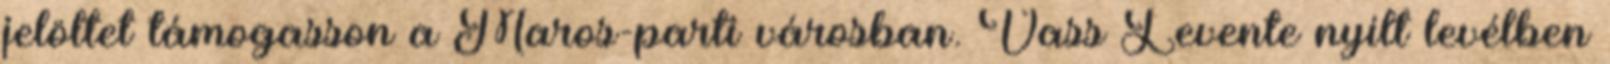
jelöltet támogasson a Maros-parti városban. Vass Levente nyílt levélben